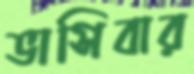
ভাসিবার